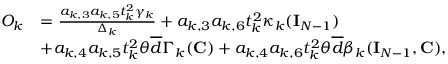
\begin{array} { r l } { O _ { k } } & { = \frac { a _ { k , 3 } a _ { k , 5 } t _ { k } ^ { 2 } \gamma _ { k } } { \Delta _ { k } } + a _ { k , 3 } a _ { k , 6 } t _ { k } ^ { 2 } \kappa _ { k } ( { \mathbf { I } } _ { N - 1 } ) } \\ & { + a _ { k , 4 } a _ { k , 5 } t _ { k } ^ { 2 } \theta \overline { { d } } \Gamma _ { k } ( { \mathbf { C } } ) + a _ { k , 4 } a _ { k , 6 } t _ { k } ^ { 2 } \theta \overline { { d } } \beta _ { k } ( { \mathbf { I } } _ { N - 1 } , { \mathbf { C } } ) , } \end{array}